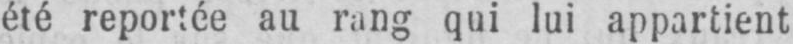
été reportée au rang qui lui appartient